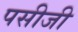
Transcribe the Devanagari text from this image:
पसीजी